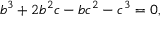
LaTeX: b ^ { 3 } + 2 b ^ { 2 } c - b c ^ { 2 } - c ^ { 3 } = 0 ,